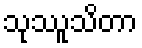
သုဿူသိတာ